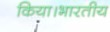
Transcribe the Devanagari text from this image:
किया।भारतीय